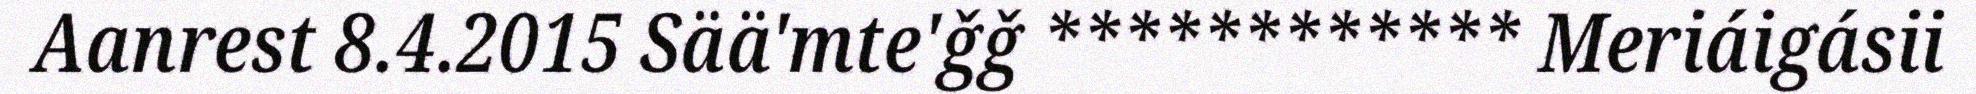
Aanrest 8.4.2015 Sää'mte'ǧǧ ************ Meriáigásii